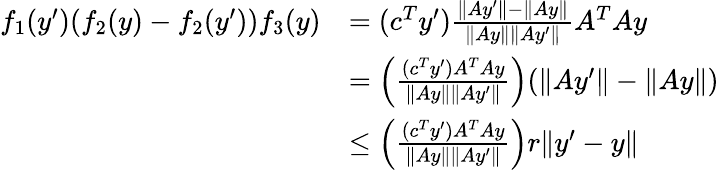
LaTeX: \begin{array}{rl}{f_{1}(y^{\prime})(f_{2}(y)-f_{2}(y^{\prime}))f_{3}(y)}&{=(c^{T}y^{\prime})\frac{\| Ay^{\prime}\| -\| Ay\| }{\| Ay\| \| Ay^{\prime}\| }A^{T}Ay}\\ &{=\left(\frac{(c^{T}y^{\prime})A^{T}Ay}{\| Ay\| \| Ay^{\prime}\| }\right)(\| Ay^{\prime}\| -\| Ay\| )}\\ &{\leq\left(\frac{(c^{T}y^{\prime})A^{T}Ay}{\| Ay\| \| Ay^{\prime}\| }\right)r\| y^{\prime}-y\| }\end{array}